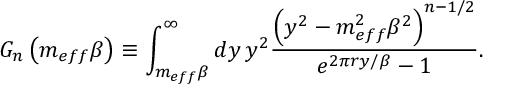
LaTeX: G _ { n } \left( m _ { e f f } \beta \right) \equiv \int _ { m _ { e f f } \beta } ^ { \infty } d y \, y ^ { 2 } \frac { \left( y ^ { 2 } - m _ { e f f } ^ { 2 } \beta ^ { 2 } \right) ^ { n - 1 / 2 } } { e ^ { 2 \pi r y / \beta } - 1 } .